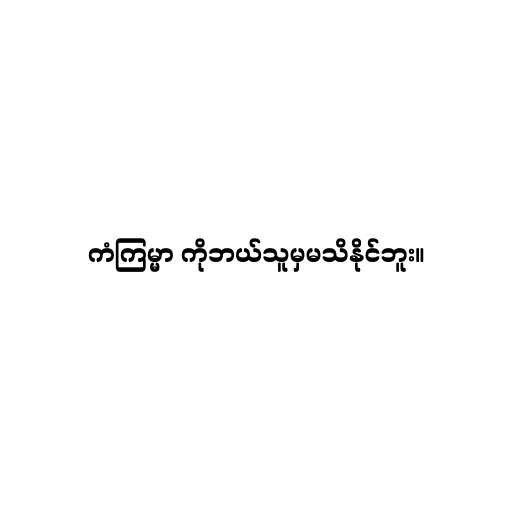
ကံကြမ္မာ ကိုဘယ်သူမှမသိနိုင်ဘူး။